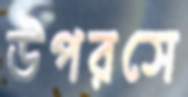
উপরসে